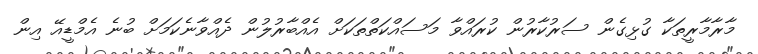
މާރާމާރީތަކާ ގުޅިގެން ސަރުކާރުން ކުރައްވާ މަސައްކަތްތަކަށް އެއްބާރުލުން ދެއްވާނެކަމަށް ބުނެ އެމްޑީއޭ އިން